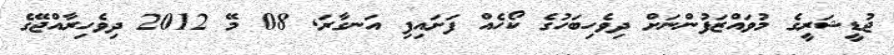
ޖުޑީޝަރީގެ މުވައްޒަފުންނަށް ދިވެހިބަހުގެ ކޯހެއް ފަށައިފި އަނގާރަ